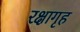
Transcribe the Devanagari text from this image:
रक्षागृह